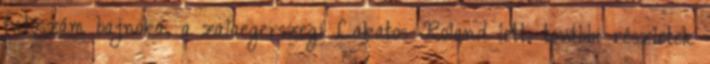
futószám bajnoka, a zalaegerszegi Lakatos Roland lett. további részletek